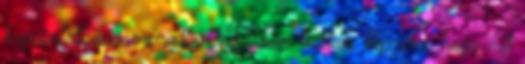
kapcsolatban nem voltam. El sem tudtam képzelni, hogy mit